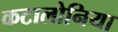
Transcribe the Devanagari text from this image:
कटालोनिया